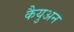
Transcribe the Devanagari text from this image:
कैयुअन